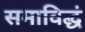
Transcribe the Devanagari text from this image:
समाविद्धं